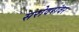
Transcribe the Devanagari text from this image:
सरोवरांवर